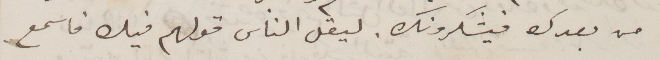
من بعدك فيشكرونك. ليقل الناس قولهم فيك فاسمع